Source: Computer-generated
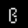
Digit: ၉ (9)